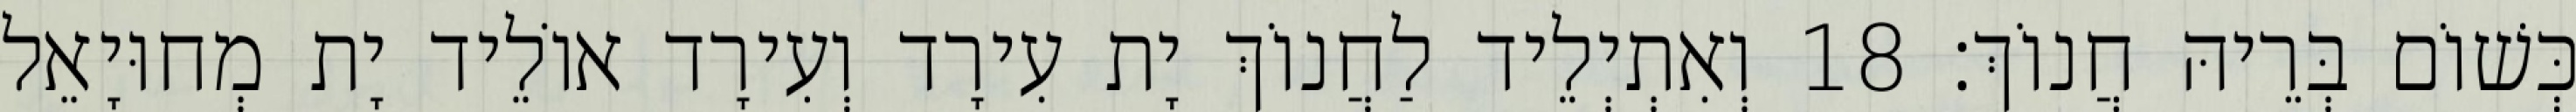
כְּשׁוֹם בְּרֵיהּ חֲנוֹךְ׃ 18 וְאִתְיְלֵיד לַחֲנוֹךְ יָת עִירָד וְעִירָד אוֹלֵיד יָת מְחוּיָאֵל